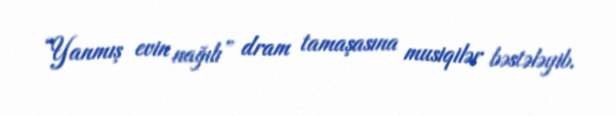
“Yanmış evin nağılı” dram tamaşasına musiqilər bəstələyib.